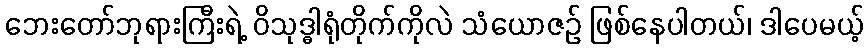
ဘေးတော်ဘုရားကြီးရဲ့ ဝိသုဒ္ဓါရုံတိုက်ကိုလဲ သံယောဇဉ် ဖြစ်နေပါတယ်၊ ဒါပေမယ့်